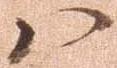
八